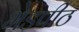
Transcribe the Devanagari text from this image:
भेडपीठ